Leaving Certificate Examination (including Day School Certificate (Higher) General paper), 1935
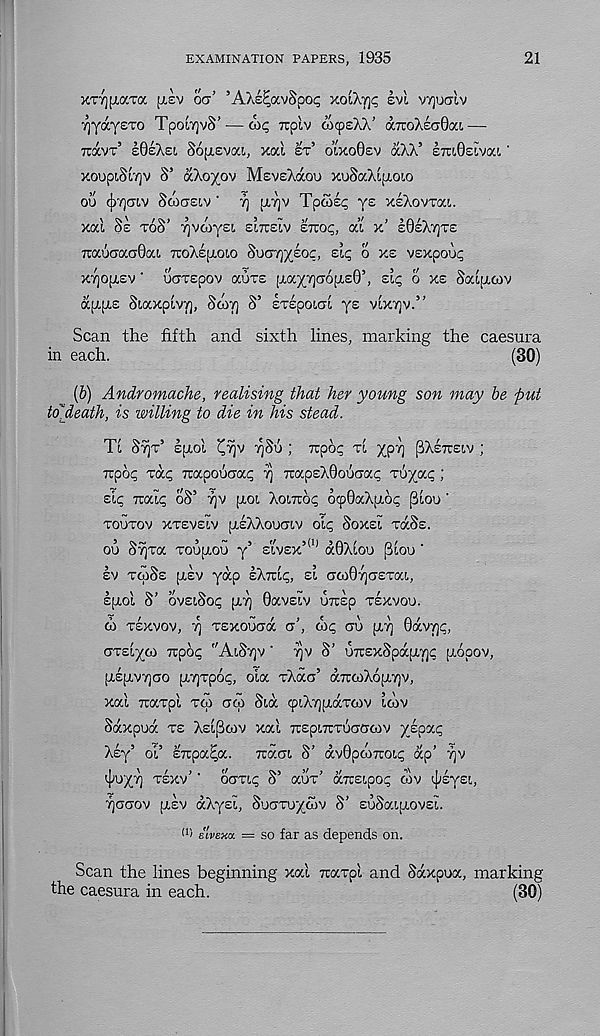
EXAMINATION PAPERS, 1935
21
XTYjfxaToc fxev OCT’ ’AXe^avSpot; ysjOcr\c evi vvjualv
rjyaysTO TpoiyvS’ — OR; ruplv cocpeXX’ aTroXscOat,—
TCOCVT’ eOeXst, SopLevai, xai IT’ oixoOev aXX’ £7U0£iva!,'
xoopiSiTjV S’ aXoyov MEVEXOCOO XOSOCXLITOLO
ou (jjyjOTV ScoaEiv' TJ pp/jv Tpcoli; YE xIXovTai.
xal SE TOS’ Tjvoiysi EITTELV ETtop, at x’
Tuaoo'aaOai TcoXsfxoio Suayysoc, sip o XE vsxpoop
XTJOpLEV ' UCTTEpOV aOTS (j(.ay7](T6[XE0’, Eli; O XE Saipuov
a.{L{j.z SiaxpivTj, Soirj S’ ETEpoiat, ys VLXTJV.”
Scan the fifth and sixth lines, marking the caesura
in each.
(30)
(b) Andromache, realising that her young son may be put
to'death, is willing to die in his stead.
Ti 8T)T 5 Epiol
IQSU ; rcpop TL yyr't] ^XETTEIV ;
Tcpop rap Trapoucrap 7) 7rapEX0ouaap Toyap ;
sip TTOdp oS’ 7]V [LOl XoiTTOp OCpOaXpLOp ^lOU '
TOUTOV XTEVEIV pLEXXoUOTV OLp SoXEl TOcSs.
ou SyTa TOUITOU y’ sivsx’ (1) a0Xiou ^iou '
EV TCOSE pt,EV yap EXTEIP, EL crcoOycrETaL,
EfXol S’ OVElSop [XT] 0aVS!.V UTEp TEXVOU.
0) TEXVOV, 7] Tsxoucra a’, cup GU (AT) 0avy]p,
GTEiyOI TTpOp "AlS'/jV ■ TjV S’ U7r£xSpa[X7]p [jApOV,
[XE[XV7]GO [XTjTpOp, Ola TXao’ aTCC0X6[AY)V,
xal TcaTpl Tqi acp Sia cpiXTjpiaTcov toiv
Saxpua TE XEL^COV xal TTEPLTTTUCTGCOV yspap
Xsy’ ol’ EiTpa^a. Tcaoi S’ av0po)7ro[,p ap’ ry
i(;uy7j TEXV’ ' ooTip S’ aux’ aTrsipop cov ^sysi,
rjacjov [XEV aXysc, SuaTuyoiv S’ suSauxovsl.
(r ' e'lvExa — so far as depends on.
Scan the lines beginning xal Tuaxpl and Saxpua, marking
the caesura in each.
(30)